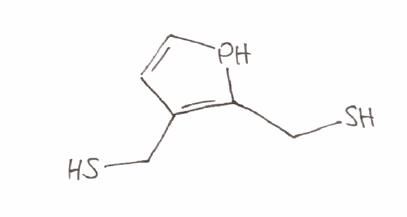
Simplified molecular-input line-entry system (SMILES) notation of the given molecule:
C1=CPC(=C1CS)CS